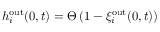
h _ { i } ^ { \mathrm { o u t } } ( 0 , t ) = \Theta \left( 1 - \xi _ { i } ^ { \mathrm { o u t } } ( 0 , t ) \right)